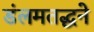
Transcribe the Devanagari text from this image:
डंलमतद्धने